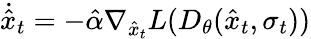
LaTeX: \dot{\hat{x}}_{t}=-\hat{\alpha}\nabla_{\hat{x}_{t}}L(D_{\theta}(\hat{x}_{t},\sigma_{t}))